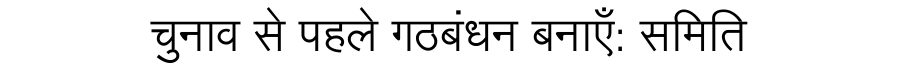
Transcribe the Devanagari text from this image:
चुनाव से पहले गठबंधन बनाएँ: समिति